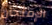
الإمتحان